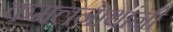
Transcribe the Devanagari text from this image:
कमलनाथांनी